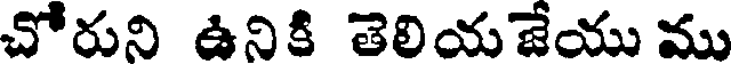
చోరుని ఉనికి తెలియజేయు ము